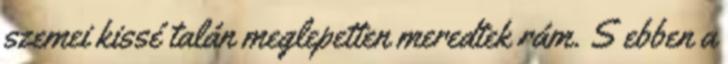
szemei kissé talán meglepetten meredtek rám. S ebben a